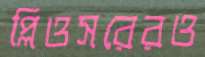
প্লিওসরেরও